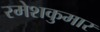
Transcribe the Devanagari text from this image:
रमेशकुमार